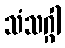
သံသဂ္ဂါ